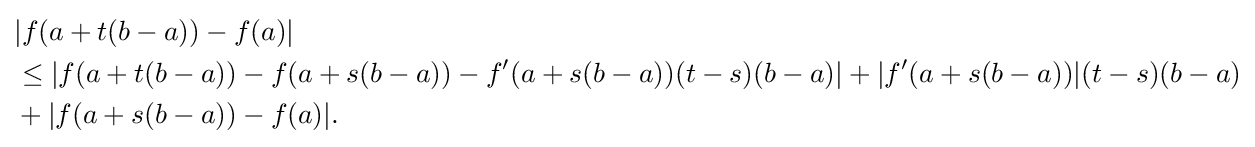
{\begin{aligned}&|f(a+t(b-a))-f(a)|\\&\leq |f(a+t(b-a))-f(a+s(b-a))-f'(a+s(b-a))(t-s)(b-a)|+|f'(a+s(b-a))|(t-s)(b-a)\\&+|f(a+s(b-a))-f(a)|.\end{aligned}}